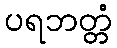
ပရဘတ္တံ